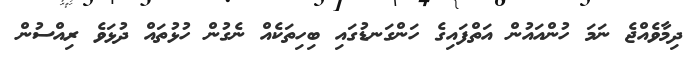
ދިމާވެއްޖެ ނަމަ ހުންއައުން އަތްފައިގެ ހަންގަނޑުގައި ބިހިތަކެއް ނެގުން ހުޅުތައް ދުޅަވެ ރިއްސުން